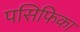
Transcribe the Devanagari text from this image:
पसिफिका